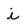
Character: i